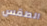
الطقس